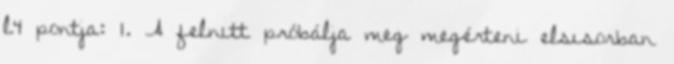
l4 pontja: 1. A felnıtt próbálja meg megérteni elsısorban